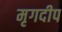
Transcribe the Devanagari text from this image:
मृगदीप